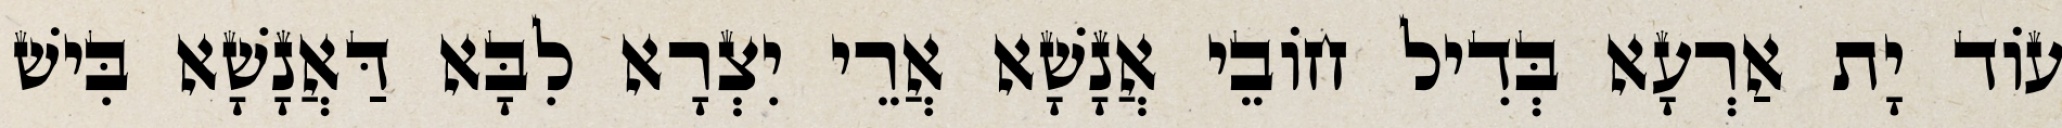
עוֹד יָת אַרְעָא בְּדִיל חוֹבֵי אֲנָשָׁא אֲרֵי יִצְרָא לִבָּא דַּאֲנָשָׁא בִּישׁ